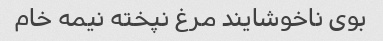
بوی ناخوشایند مرغ نپخته نیمه خام